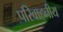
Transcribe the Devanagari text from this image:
परिवाहनीय